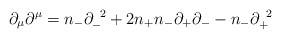
\begin{align*}{\partial}_{\mu}{\partial}^{\mu}=n_-{\partial}_-^{\;\;2}+2n_+n_-{\partial}_+{\partial}_--n_-{\partial}_+^{\;\;2} \end{align*}